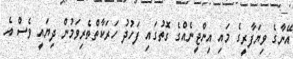
އޭނާގެ ވިޔަފާރީގެ މައި އިންޖީނެއްގެ ގޮތުގައި ފަހުދު ހަރަކާތްތެރިވަމުން ދިޔައީ ވެސް އެ